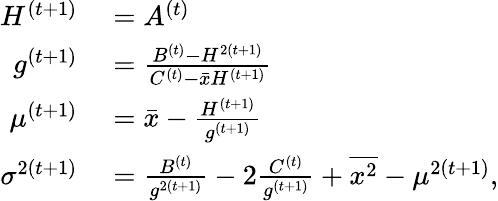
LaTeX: \begin{array}{rl}{H^{(t+1)}}&{{}=A^{(t)}}\\ {g^{(t+1)}}&{{}=\frac{B^{(t)}-H^{2(t+1)}}{C^{(t)}-\bar{x}H^{(t+1)}}}\\ {\mu^{(t+1)}}&{{}=\bar{x}-\frac{H^{(t+1)}}{g^{(t+1)}}}\\ {\sigma^{2(t+1)}}&{{}=\frac{B^{(t)}}{g^{2(t+1)}}-2\frac{C^{(t)}}{g^{(t+1)}}+\overline{{x^{2}}}-\mu^{2(t+1)},}\end{array}